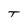
Character: T